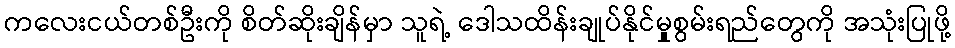
ကလေးငယ်တစ်ဦးကို စိတ်ဆိုးချိန်မှာ သူရဲ့ ဒေါသထိန်းချုပ်နိုင်မှုုစွမ်းရည်တွေကို အသုံးပြုဖို့